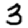
Digit: 3